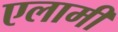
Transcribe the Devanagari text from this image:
एलामी